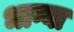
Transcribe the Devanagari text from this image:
भाग्या